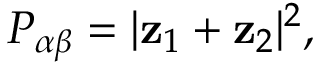
P _ { \alpha \beta } = | { \bf z } _ { 1 } + { \bf z } _ { 2 } | ^ { 2 } ,